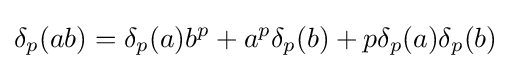
\delta _{p}(ab)=\delta _{p}(a)b^{p}+a^{p}\delta _{p}(b)+p\delta _{p}(a)\delta _{p}(b)